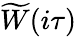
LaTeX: \widetilde{W}(i\tau)